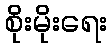
စိုးမိုးရေး